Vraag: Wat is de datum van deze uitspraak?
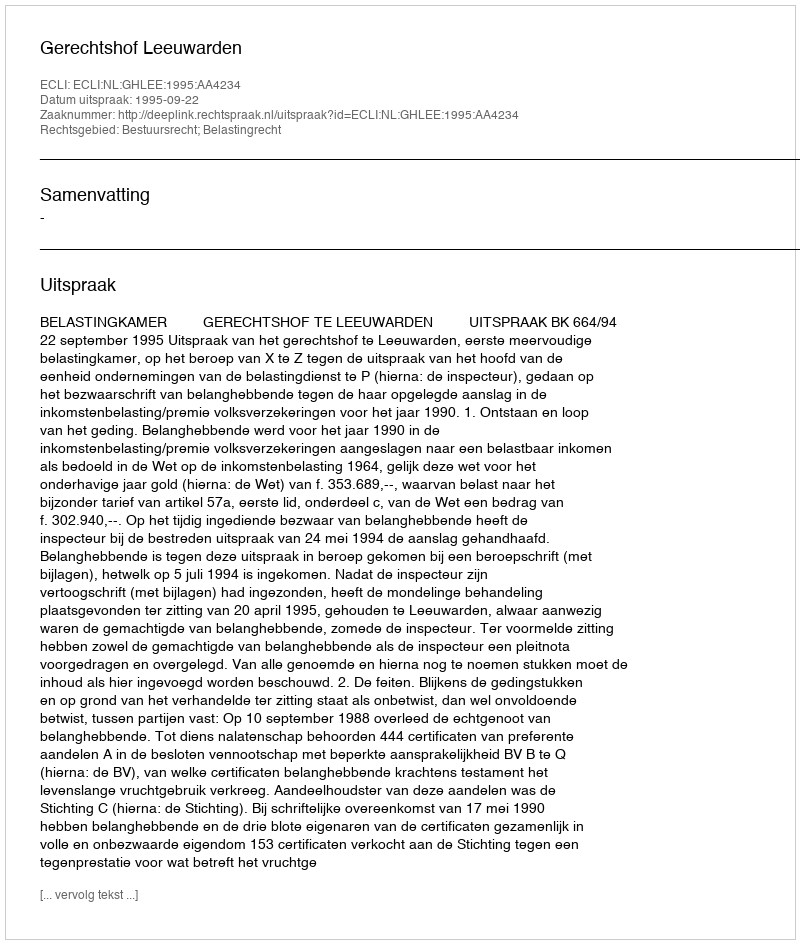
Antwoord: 1995-09-22